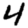
Digit: 4